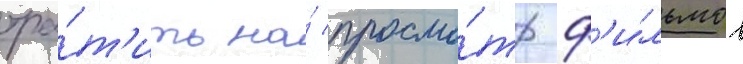
тра́т'ить на́ просмо́тр ф'и́льмов